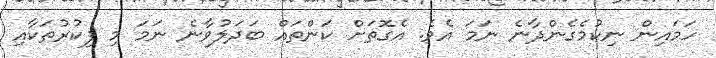
ހަމައިން ނިކުމެގެންދާނެ ނަމަ އެވެ. އެގޮތަށް ކަންތައް ބަދަލުވާނެ ނަމަ މި ފިކުރުތަކާއި